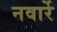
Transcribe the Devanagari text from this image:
नवार्रे